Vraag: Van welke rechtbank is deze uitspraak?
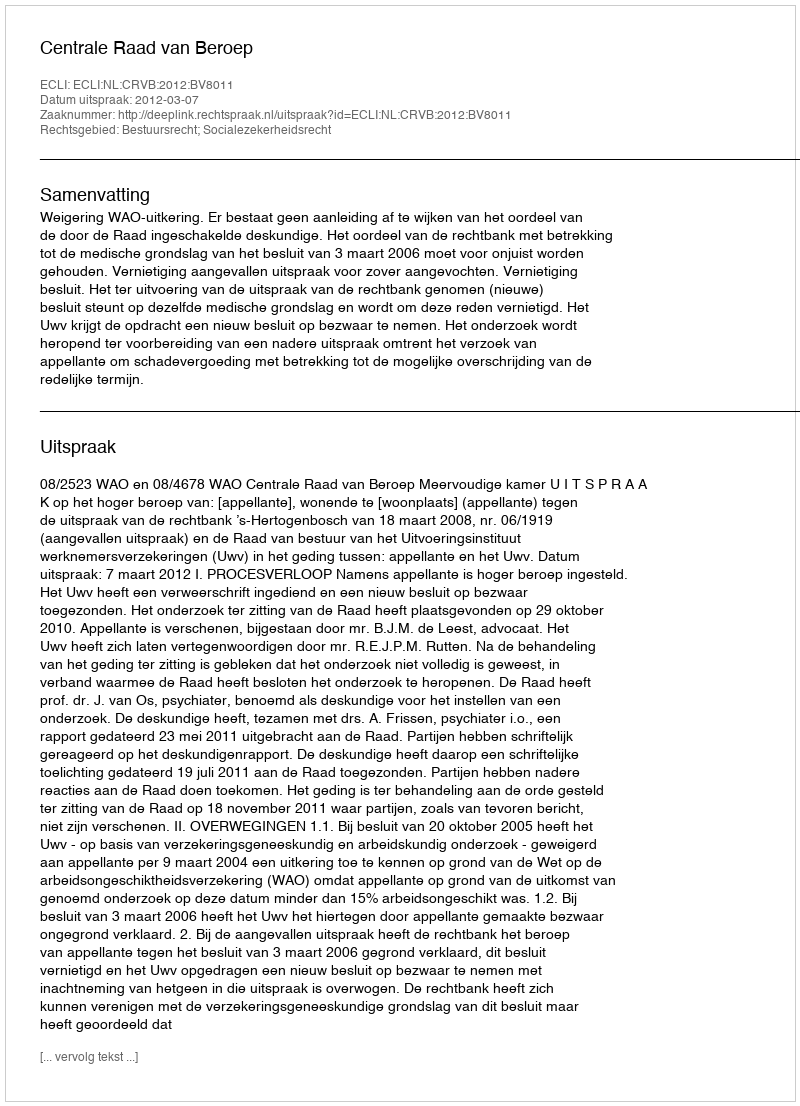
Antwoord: Centrale Raad van Beroep